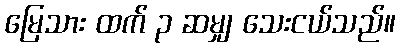
မြေသား ထက် ၃ ဆမျှ သေးငယ်သည်။